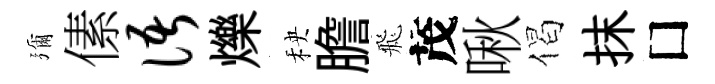
彌傃语爍秧膽飛茂啾偈抹□